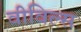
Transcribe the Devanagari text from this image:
वीविल्स